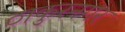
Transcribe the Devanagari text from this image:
ठाकुरनगर